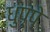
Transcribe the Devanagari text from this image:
धुप्पे